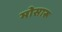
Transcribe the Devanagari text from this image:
मोसारू